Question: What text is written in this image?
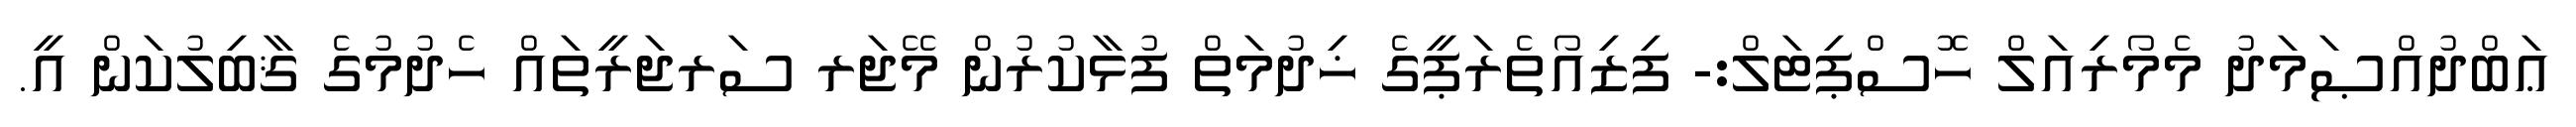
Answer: ޢަބްދުއްޞަމަދު މެމޯރިއަލް ހޮސްޕިޓަލް:- ފިޒިއޯތެރަޕީގެ ޚިދުމަތް ފުޅާކުރުން މޭޖަރ ސަރޖަރީތައް ހެދުމުގެ ޤާބިލުކަން އީ.